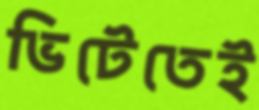
ভিটেতেই